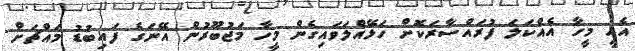
އެއީ މީހާ އެއްކަލަ ފުރައްސާރަކޮށް ހަޅޭއްލަވައިގެން މީހާ މަޖުބޫރުން އޭނަގެ ފައިބުޑު މައްޗަށް